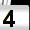
Digit: 4